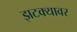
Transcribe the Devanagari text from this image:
झटक्यावर